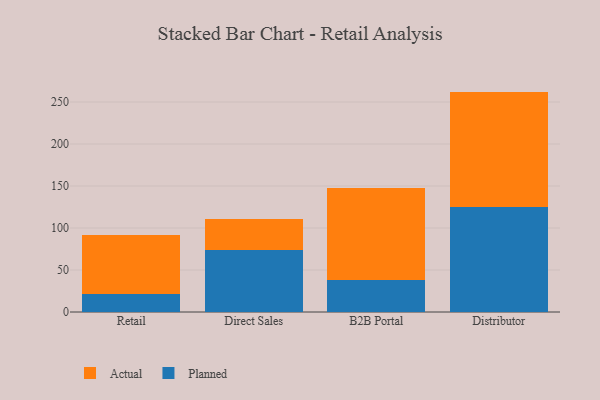
{"axis": {"x": "Channel", "y": "Market Share (%)"}, "legend": ["Actual", "Planned"], "data": [{"x": "Retail", "y": 21.1, "type": "Planned"}, {"x": "Retail", "y": 70.2, "type": "Actual"}, {"x": "Direct Sales", "y": 74.3, "type": "Planned"}, {"x": "Direct Sales", "y": 36.3, "type": "Actual"}, {"x": "B2B Portal", "y": 38.5, "type": "Planned"}, {"x": "B2B Portal", "y": 108.8, "type": "Actual"}, {"x": "Distributor", "y": 124.5, "type": "Planned"}, {"x": "Distributor", "y": 137.9, "type": "Actual"}]}